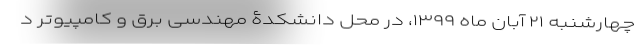
چهارشنبه ۲۱ آبان ماه ۱۳۹۹، در محل دانشکدۀ مهندسی برق و کامپیوتر د